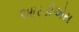
આરડીએસ